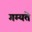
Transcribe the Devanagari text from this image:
गम्यते